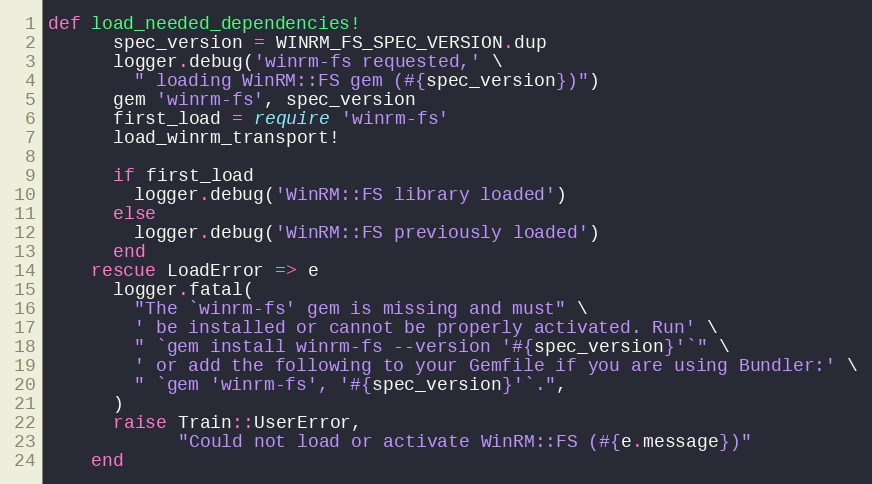
Language: Ruby
def load_needed_dependencies!
      spec_version = WINRM_FS_SPEC_VERSION.dup
      logger.debug('winrm-fs requested,' \
        " loading WinRM::FS gem (#{spec_version})")
      gem 'winrm-fs', spec_version
      first_load = require 'winrm-fs'
      load_winrm_transport!

      if first_load
        logger.debug('WinRM::FS library loaded')
      else
        logger.debug('WinRM::FS previously loaded')
      end
    rescue LoadError => e
      logger.fatal(
        "The `winrm-fs' gem is missing and must" \
        ' be installed or cannot be properly activated. Run' \
        " `gem install winrm-fs --version '#{spec_version}'`" \
        ' or add the following to your Gemfile if you are using Bundler:' \
        " `gem 'winrm-fs', '#{spec_version}'`.",
      )
      raise Train::UserError,
            "Could not load or activate WinRM::FS (#{e.message})"
    end